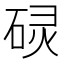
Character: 𮀡